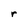
Character: r